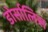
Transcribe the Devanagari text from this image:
डोर्सालिस